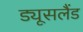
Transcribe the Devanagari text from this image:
ड्यूसलैंड